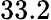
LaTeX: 33.2